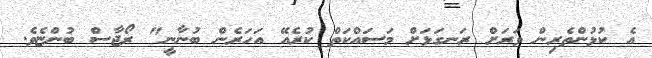
އެ ކުޅުންތެރިން ވަރަށް ރަނގަޅަށް މަސައްކަތް ކުރެއޭ އަހަރެން ބުނާނީ" ރޯޖާސް ބުންޏެވެ.